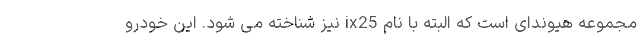
مجموعه هیوندای است که البته با نام ix25 نیز شناخته می شود. این خودرو